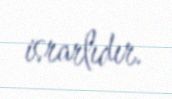
israrlıdır.